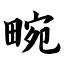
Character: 畹